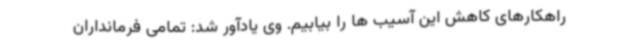
راهکارهای کاهش این آسیب ها را بیابیم. وی یادآور شد: تمامی فرمانداران